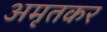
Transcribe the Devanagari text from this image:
अमृतकर